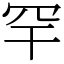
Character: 罕